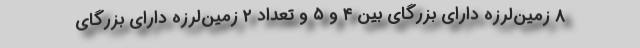
۸ زمین‌لرزه دارای بزرگای بین ۴ و ۵ و تعداد ۲ زمین‌لرزه دارای بزرگای